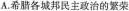
A.希腊各城邦民主政治的繁荣